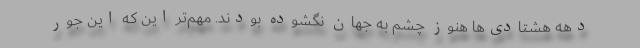
دهه هشتادی‌ها هنوز چشم به جهان نگشوده بودند. مهم‌تر این که این جور